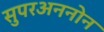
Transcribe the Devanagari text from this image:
सुपरअननोन